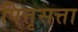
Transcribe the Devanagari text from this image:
पित्तृसत्ता